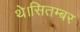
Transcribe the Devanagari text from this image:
थे।सितम्बर